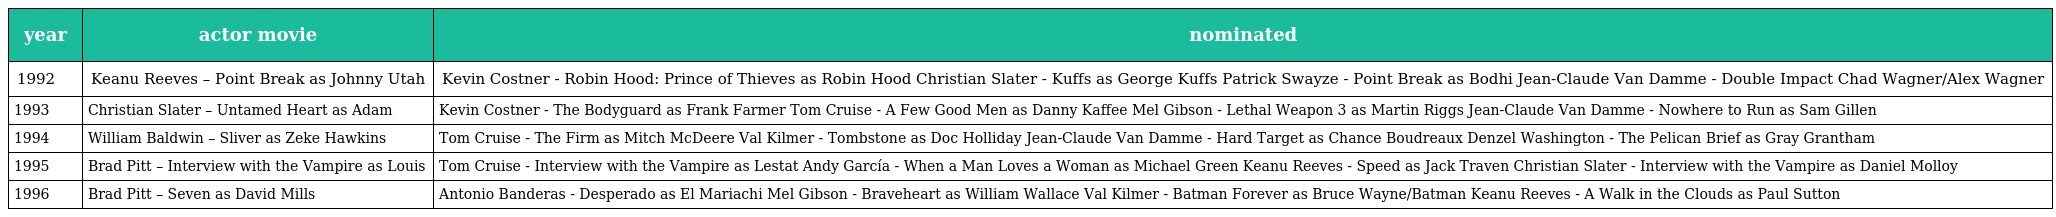
| year | actor movie | nominated |
 | --- | --- | --- |
 | 1992 | Keanu Reeves – Point Break as Johnny Utah | Kevin Costner - Robin Hood: Prince of Thieves as Robin Hood Christian Slater - Kuffs as George Kuffs Patrick Swayze - Point Break as Bodhi Jean-Claude Van Damme - Double Impact Chad Wagner/Alex Wagner |
 | 1993 | Christian Slater – Untamed Heart as Adam | Kevin Costner - The Bodyguard as Frank Farmer Tom Cruise - A Few Good Men as Danny Kaffee Mel Gibson - Lethal Weapon 3 as Martin Riggs Jean-Claude Van Damme - Nowhere to Run as Sam Gillen |
 | 1994 | William Baldwin – Sliver as Zeke Hawkins | Tom Cruise - The Firm as Mitch McDeere Val Kilmer - Tombstone as Doc Holliday Jean-Claude Van Damme - Hard Target as Chance Boudreaux Denzel Washington - The Pelican Brief as Gray Grantham |
 | 1995 | Brad Pitt – Interview with the Vampire as Louis | Tom Cruise - Interview with the Vampire as Lestat Andy García - When a Man Loves a Woman as Michael Green Keanu Reeves - Speed as Jack Traven Christian Slater - Interview with the Vampire as Daniel Molloy |
 | 1996 | Brad Pitt – Seven as David Mills | Antonio Banderas - Desperado as El Mariachi Mel Gibson - Braveheart as William Wallace Val Kilmer - Batman Forever as Bruce Wayne/Batman Keanu Reeves - A Walk in the Clouds as Paul Sutton |